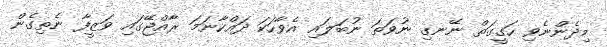
މިދެންނެވި ހަގީގަތް ނޭނގި ނުވަތަ ނުބަލައި އެވާހަކަ ދައްކާނަމަ ރާއްޖޭގައި ވަޒީފާ ނެތިގެން